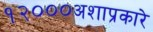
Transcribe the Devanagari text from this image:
१२०००अशाप्रकारे